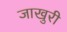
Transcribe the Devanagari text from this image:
जाखुरी